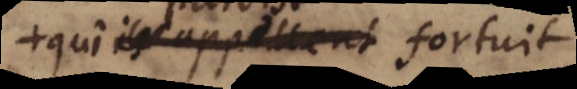
qu’ils appellent fortuit